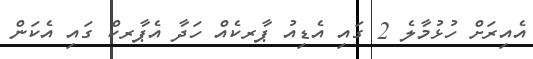
އެއިރަށް ހުޅުމާލެ 2 ގައި އެޑިއު ޕާރކެއް ހަދާ އެޕާރކް ގައި އެކަން